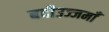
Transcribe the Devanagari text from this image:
बदीउज्जमाँ